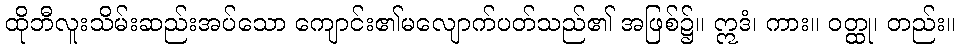
ထိုဘီလူးသိမ်းဆည်းအပ်သော ကျောင်း၏မလျောက်ပတ်သည်၏ အဖြစ်၌။ ဣဒံ၊ ကား။ ဝတ္ထု၊ တည်း။